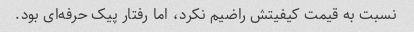
نسبت به قیمت کیفیتش راضیم نکرد، اما رفتار پیک حرفه‌ای بود.